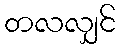
တလလျှင်